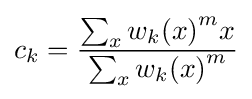
c_{k}={{\sum _{x}{w_{k}(x)}^{m}x} \over {\sum _{x}{w_{k}(x)}^{m}}}